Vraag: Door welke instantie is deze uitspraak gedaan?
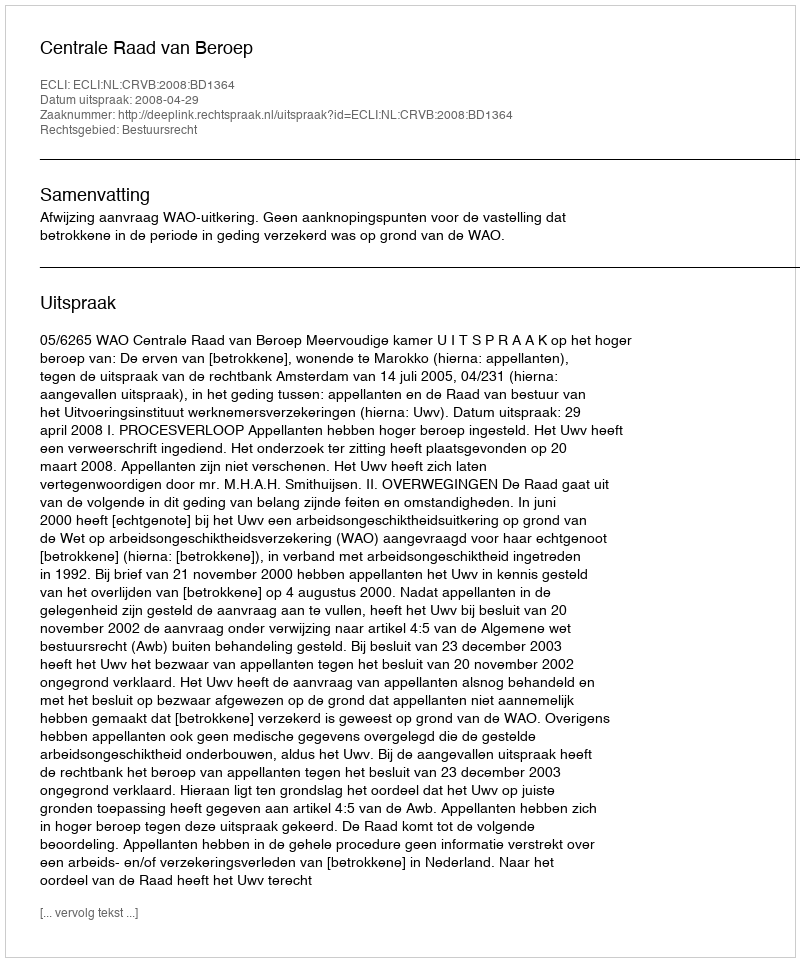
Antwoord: Centrale Raad van Beroep